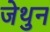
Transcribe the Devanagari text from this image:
जेथुन